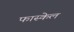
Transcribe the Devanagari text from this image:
फास्केल